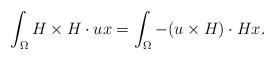
LaTeX: \begin{align*}\int_{\Omega} H \times H \cdot u x=\int_{\Omega} -(u \times H) \cdot H x.\end{align*}